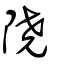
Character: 隢